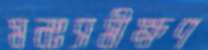
মনঃসমীক্ষণ